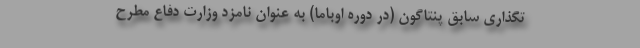
تگذاری سابق پنتاگون (در دوره اوباما) به عنوان نامزد وزارت دفاع مطرح